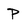
Character: P